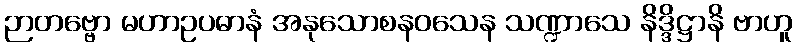
ဉာတဗ္ဗော မဟာဥပဓာနံ အနုသောစနဝသေန သဏ္ဍာသေ နိဒ္ဒိဋ္ဌာနိ ဗာဟူ